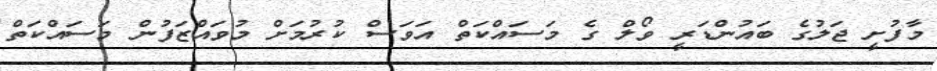
މާފުށީ ޖަލުގެ ބައުންޑަރީ ވޯލް ގެ މަސައްކަތް އަވަސް ކުރުމަށް މުވައްޒަފުން މަސައްކަތް